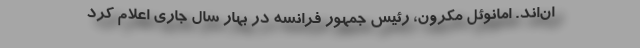
ان‌اند. امانوئل مکرون، رئیس جمهور فرانسه در بهار سال جاری اعلام کرد